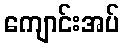
ကျောင်းအပ်